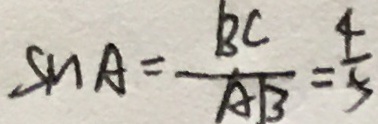
\sin A = \frac { B C } { A B } = \frac { 4 } { 5 }